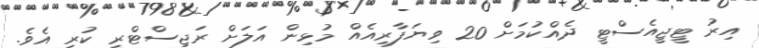
އިރު ޓީޖީއެެސްޓީ ދެއްކުމަށް 20 ވިޔަފާރިއެއް މުޅިން އަލަށް ރަޖިސްޓްރީ ކުރި އެވެ.